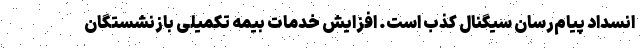
انسداد پیام‌رسان سیگنال کذب است. افزایش خدمات بیمه تکمیلی بازنشستگان